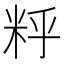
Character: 䉿